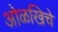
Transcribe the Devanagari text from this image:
ओळखिचे